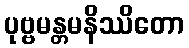
ပုဗ္ဗမန္တမနိဿိတော